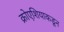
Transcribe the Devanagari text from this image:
क्रोएशियाकडून